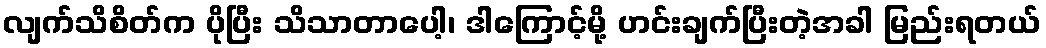
လျက်သိစိတ်က ပိုပြီး သိသာတာပေါ့၊ ဒါကြောင့်မို့ ဟင်းချက်ပြီးတဲ့အခါ မြည်းရတယ်